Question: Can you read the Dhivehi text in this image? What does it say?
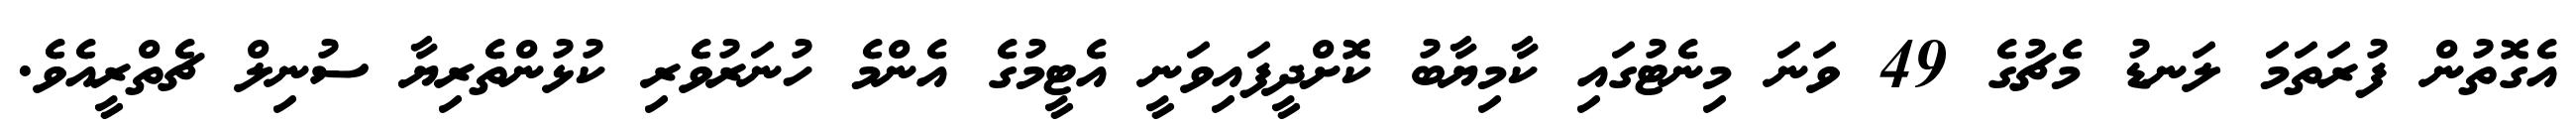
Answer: އެގޮތުން ފުރަތަމަ ލަނޑު މެޗުގެ 49 ވަނަ މިނެޓުގައި ކާމިޔާބު ކޮށްދީފައިވަނީ އެޓީމުގެ އެންމެ ހުނަރުވެރި ކުޅުންތެރިޔާ ސުނިލް ޗެތްރީއެވެ.